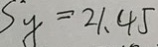
S _ { y } = 2 1 . 4 5